Scottish Education Department, 1927
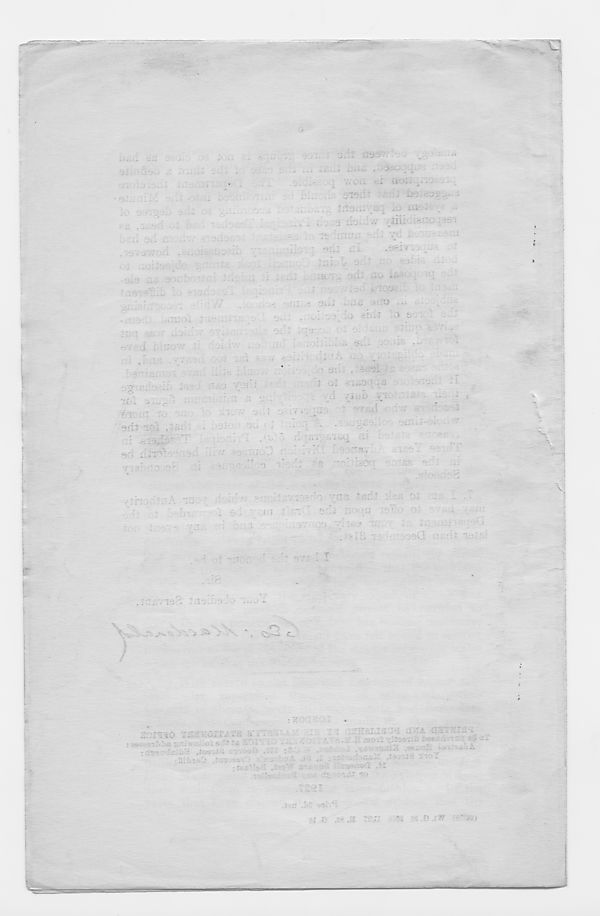
i m
..
u*j'r .
- J
.2
| 7.uu ei aos^no^-i-:.;
... .. sisr'-: .. . - -to
ifia.i. ;ii; -- J»
. J9 fl:.
-V ‘..Jiiiidi*-.- TO ■« •
: •• •>... .'v
■ > -*
o
. t > e
'
••>. .
-
■ : •’
‘
.
'
i t ;
s:d .. -:J rs v o;
• ’ r
-is-M-.
- -■
v /'i .• ••• '. c.